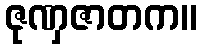
ဇုဏှဇာတက။